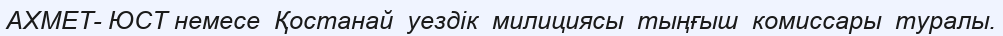
АХМЕТ- ЮСТ немесе  Қостанай  уездік  милициясы  тыңғыш  комиссары  туралы.